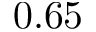
0 . 6 5